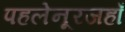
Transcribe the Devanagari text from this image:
पहलेनूरजहाँ